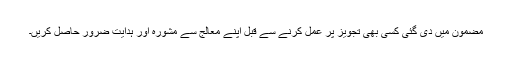
مضمون میں دی گئی کسی بھی تجویز پر عمل کرنے سے قبل اپنے معالج سے مشورہ اور ہدایت ضرور حاصل کریں۔